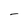
Character: 4